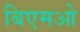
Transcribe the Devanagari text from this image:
बिएमओ